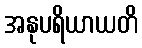
အနုပရိယာယတိ